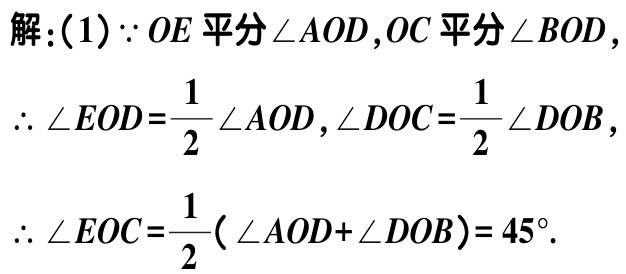
解：(1)$\because OE$平分$\angle AOD$,$OC$平分$\angle BOD$,

$\therefore \angle EOD=\dfrac{1}{2}\angle AOD$,$\angle DOC=\dfrac{1}{2}\angle DOB$,

$\therefore \angle EOC=\dfrac{1}{2}(\angle AOD + \angle DOB)=45^{\circ}$.